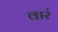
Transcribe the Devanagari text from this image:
वारं